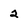
Character: 2